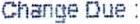
CHANGE DUE :